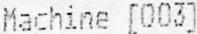
MACHINE [003]